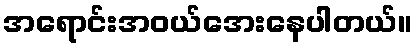
အရောင်းအဝယ်အေးနေပါတယ်။